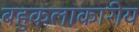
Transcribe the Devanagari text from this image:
बहुकलाकारीय